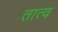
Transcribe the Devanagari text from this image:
तात्व